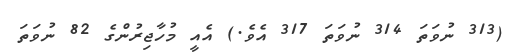
(313 ނުވަތަ 314 ނުވަތަ 317 އެވެ.) އެއީ މުހާޖިރުންގެ 82 ނުވަތަ